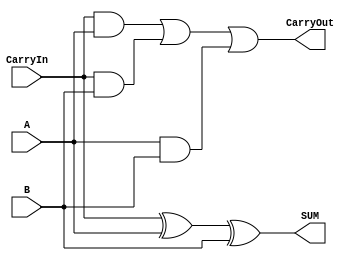
module Mbledhesi(
	input A,
	input B,
	input CarryIn,
	output SUM,
	output CarryOut
);

assign SUM = CarryIn ^ A ^ B;
assign CarryOut = CarryIn & A | CarryIn & B | A & B ;    

endmodule